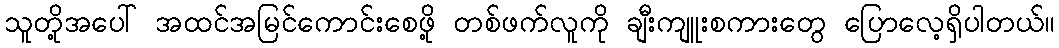
သူတို့အပေါ် အထင်အမြင်ကောင်းစေဖို့ တစ်ဖက်လူကို ချီးကျူးစကားတွေ ပြောလေ့ရှိပါတယ်။